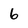
Character: 6